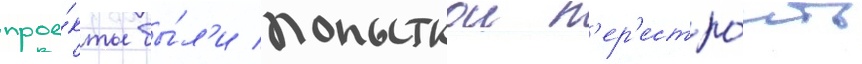
прое́кты бы́л'и попыткои п'ер'естро́ить